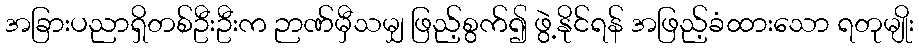
အခြားပညာရှိတစ်ဦးဦးက ဉာဏ်မှီသမျှ ဖြည့်စွက်၍ ဖွဲ့နိုင်ရန် အဖြည့်ခံထားသော ရတုမျိုး